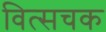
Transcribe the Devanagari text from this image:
वित्सचक